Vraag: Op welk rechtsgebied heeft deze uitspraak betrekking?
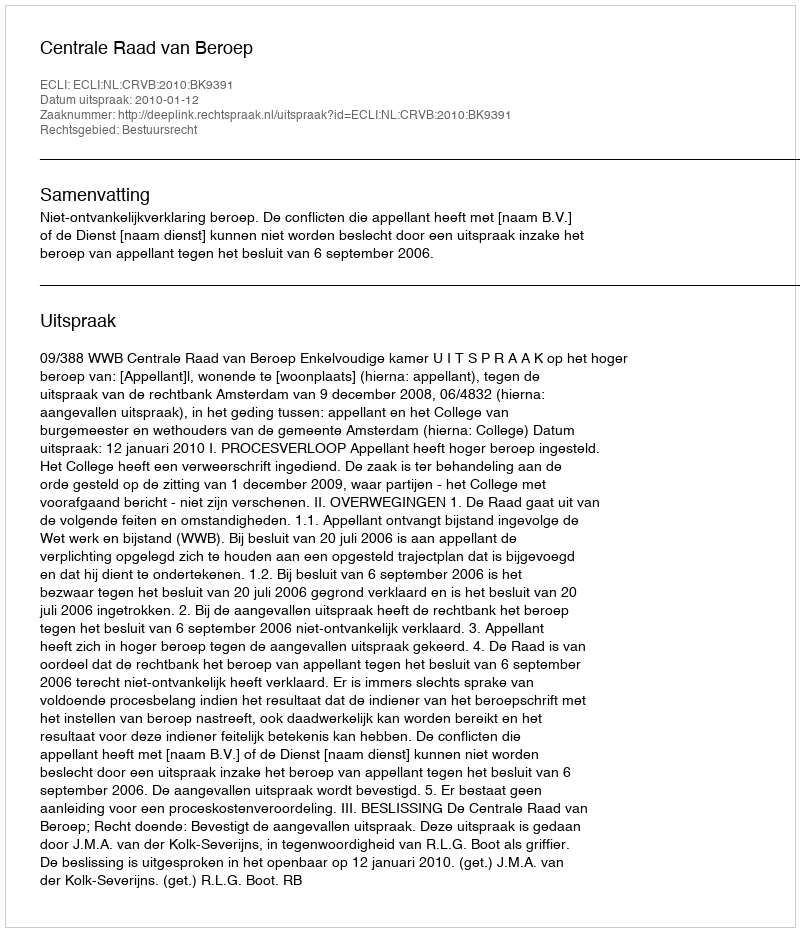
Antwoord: Bestuursrecht